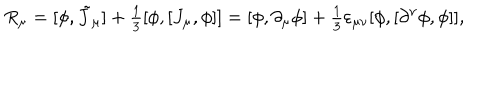
R _ { \mu } = [ \phi , \tilde { J } _ { \mu } ] + { \textstyle \frac 1 3 } [ \phi , [ J _ { \mu } , \phi ] ] = [ \phi , \partial _ { \mu } \phi ] + { \textstyle \frac 1 3 } \varepsilon _ { \mu \nu } [ \phi , [ \partial ^ { \nu } \phi , \phi ] ] ,